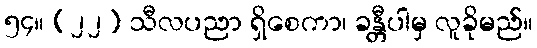
၅၄။ (၂၂) သီလပညာ ရှိစေကာ၊ ခန္တီပါမှ လူခိုမည်။